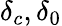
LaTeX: \delta_{c},\delta_{0}